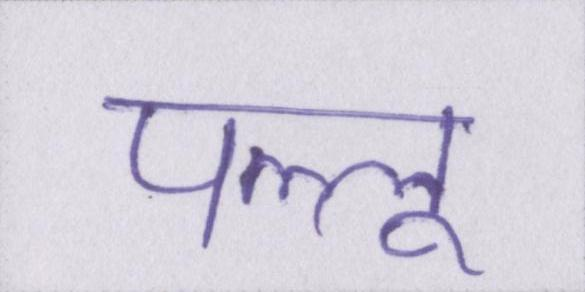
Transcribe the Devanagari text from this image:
पल्लू